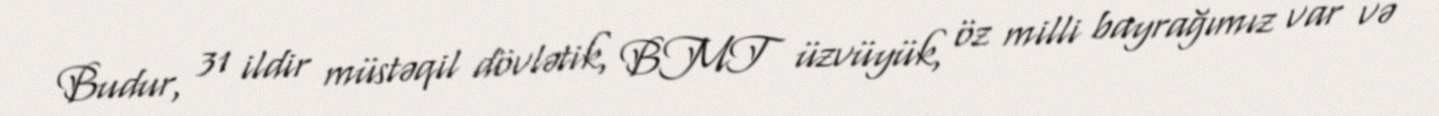
Budur, 31 ildir müstəqil dövlətik, BMT üzvüyük, öz milli bayrağımız var və